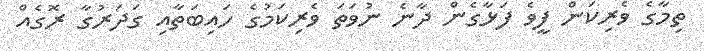
ތިމާގެ ވެރިކަން ފީވެ ފަޅާގެން ދާނެ ނުވަތަ ވެރިކަމުގެ ހައިބަތާއި ގަދަރުގާ ރޮގެއް